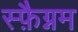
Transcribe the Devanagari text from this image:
स्फ़ैग्नम